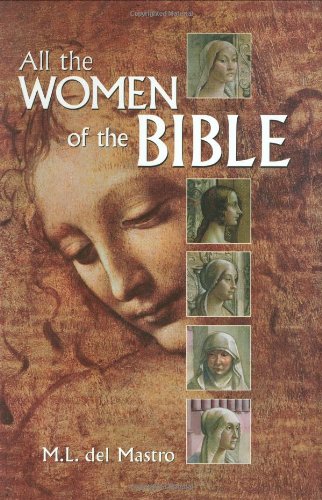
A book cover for All The Women Of The Bible; M. L. del Mastro; Reference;